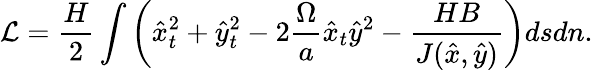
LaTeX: \mathcal{L}=\frac{H}{2}\int\left(\hat{x}_{t}^{2}+\hat{y}_{t}^{2}-2\frac{\Omega}{a}\hat{x}_{t}\hat{y}^{2}-\frac{HB}{J(\hat{x},\hat{y})}\right)dsdn.